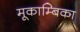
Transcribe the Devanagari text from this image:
मूकाम्‍बिका